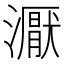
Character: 𰝜